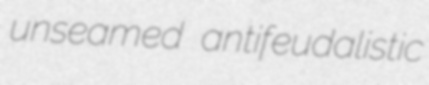
unseamed antifeudalistic